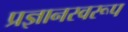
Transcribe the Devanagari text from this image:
प्रज्ञानस्वरूप